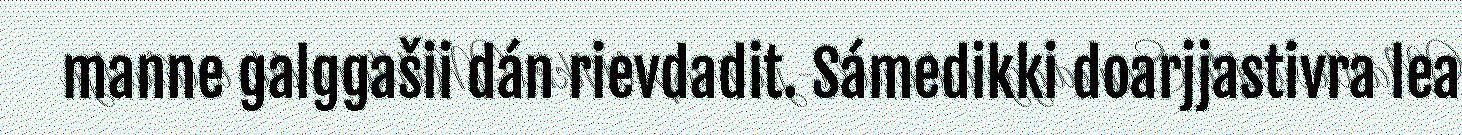
manne galggašii dán rievdadit. Sámedikki doarjjastivra lea